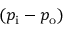
( p _ { \mathrm { { i } } } - p _ { \mathrm { { o } } } )